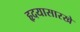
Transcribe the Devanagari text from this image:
हृदयासारखे